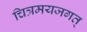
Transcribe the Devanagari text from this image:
चित्रमयजगत्‌